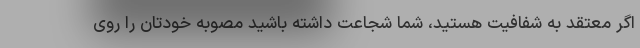
اگر معتقد به شفافیت هستید، شما شجاعت داشته باشید مصوبه خودتان را روی